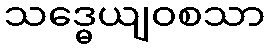
သဒ္ဓေယျဝစသာ